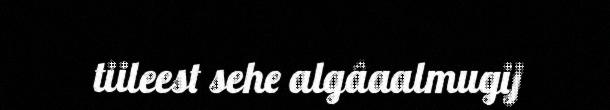
tiileest sehe algâaalmugij